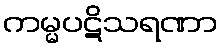
ကမ္မပဋိသရဏာ